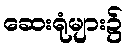
ဆေးရုံများ၌